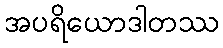
အပရိယောဒါတဿ